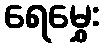
ရေမွှေး